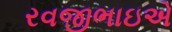
રવજીભાઇએ